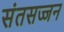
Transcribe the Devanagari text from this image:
संतसज्जन